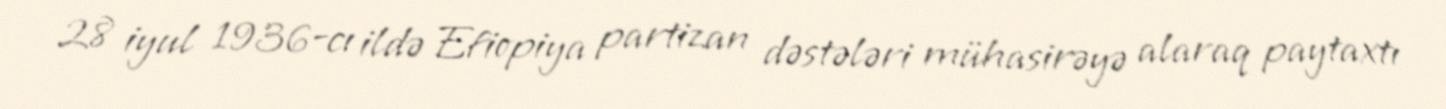
28 iyul 1936-cı ildə Efiopiya partizan dəstələri mühasirəyə alaraq paytaxtı